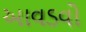
આવડવો